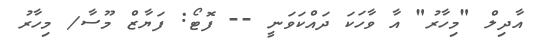
އާދިލް "މިހާރު" އާ ވާހަކަ ދައްކަވަނީ -- ފޮޓޯ: ފަޔާޒް މޫސާ/ މިހާރު